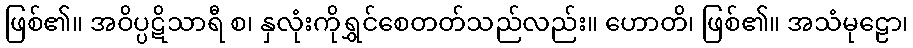
ဖြစ်၏။ အဝိပ္ပဋိသာရီ စ၊ နှလုံးကိုရွှင်စေတတ်သည်လည်း။ ဟောတိ၊ ဖြစ်၏။ အသံမုဠော၊